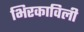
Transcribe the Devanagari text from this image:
भिरकाविली